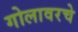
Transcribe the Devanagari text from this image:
गोलावरचे